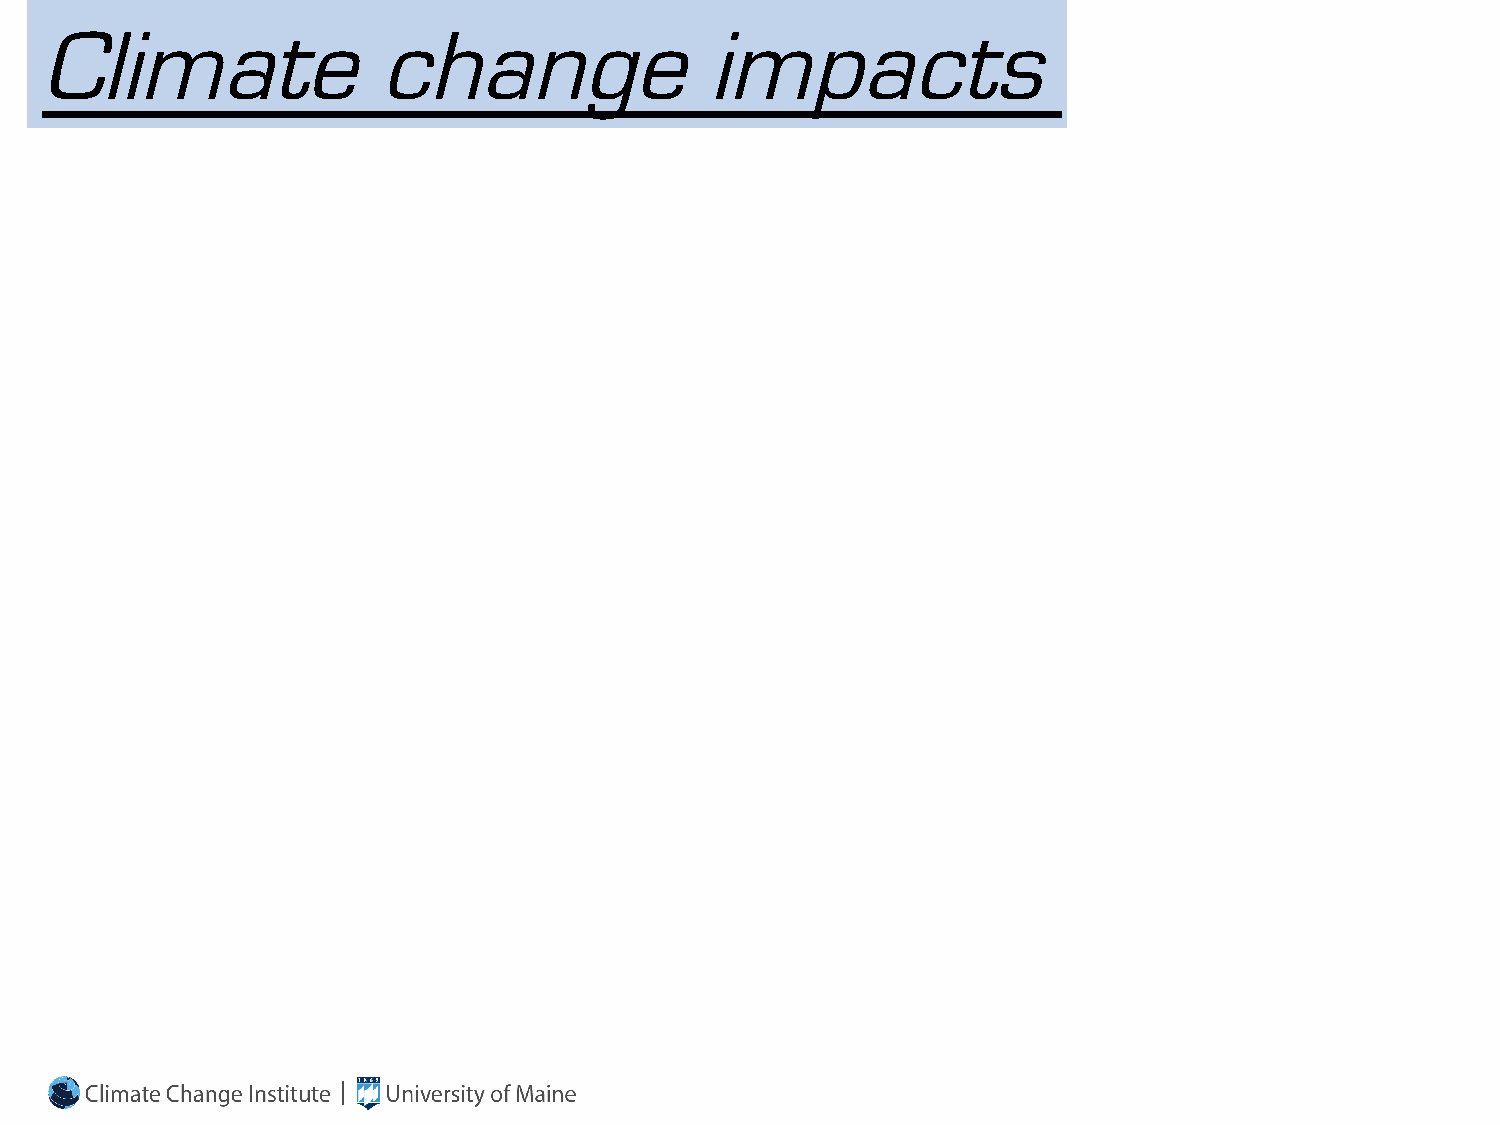
Climate                change                impacts